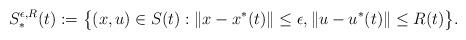
LaTeX: \begin{align*}S_*^{\epsilon,R}(t):=\big\{(x,u)\in S(t): \|x-x^*(t)\|\leq\epsilon, \|u-u^*(t)\|\leq R(t)\big\}.\end{align*}